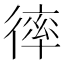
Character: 𢕑